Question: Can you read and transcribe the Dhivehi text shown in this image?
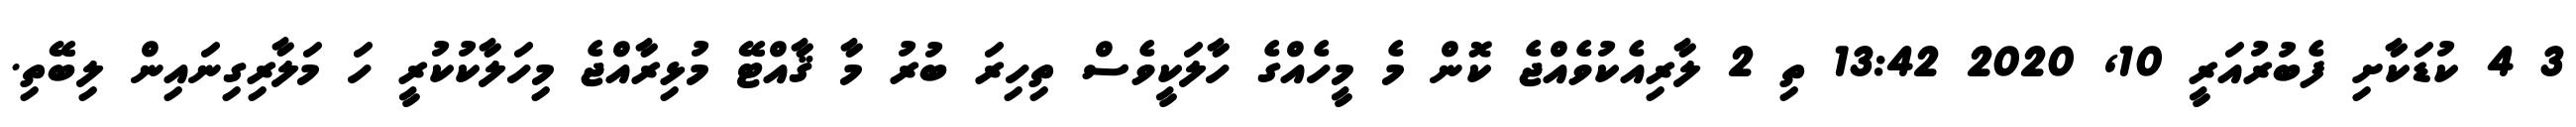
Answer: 3 4 ކުޑަކާށި ފެބުރުއަރީ 10, 2020 13:42 ތި 2 ލާރިއެކުވެއްޖެ ކޮން މެ މީހެއްގެ ހާލަކީވެސް ތިހިރަ ބުރު މާ ޤާއްޓޭ މުޅިރާއްޖެ މިހަލާކުކުރީ ހަ މަލާރިގިނައިން ލިބޭތި.